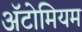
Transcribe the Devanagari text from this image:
अॅटोमियम